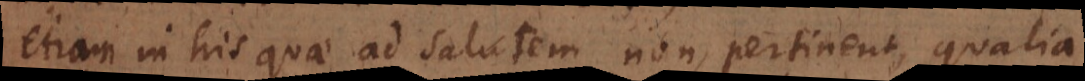
etiam in his quae ad salutem non pertinent, qualia